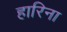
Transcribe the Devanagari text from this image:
हारिना